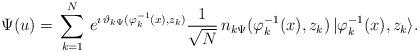
LaTeX: \begin{align*}\Psi(u)=\,\sum^N_{k=1}\,e^{\imath\,\vartheta_{k\Psi}(\varphi^{-1}_{k}(x),z_k)} \frac{1}{\sqrt{N}}\,n_{k\Psi}(\varphi^{-1}_{k}(x),z_k)\,|\varphi^{-1}_{k}(x),z_k\rangle.\end{align*}